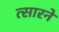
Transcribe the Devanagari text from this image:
त्सारने